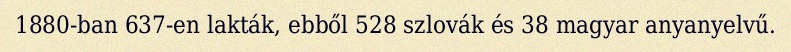
1880-ban 637-en lakták, ebből 528 szlovák és 38 magyar anyanyelvű.